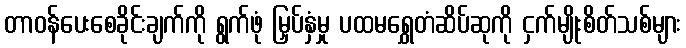
တာဝန်ပေးစေခိုင်းချက်ကို ရွက်ဖုံ မြှပ်နှံမှု ပထမရွှေတံဆိပ်ဆုကို ငှက်မျိုးစိတ်သစ်များ